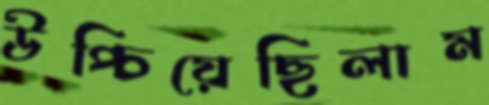
উপ্‌চিয়েছিলাম